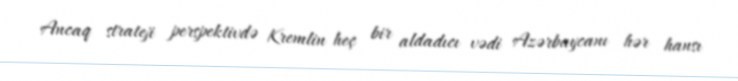
Ancaq strateji perspektivdə Kremlin heç bir aldadıcı vədi Azərbaycanı hər hansı